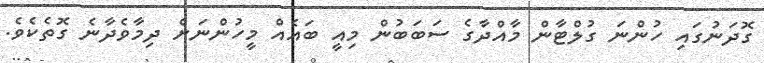
ގޮދަނުގައި ހުންނަ ގުލްޓާން މާއްދާގެ ސަބަބުން މިއީ ބައެއް މީހުންނަށް ދިމާވެދާނެ ގޮތެކެވެ.